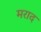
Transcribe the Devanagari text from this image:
मराद